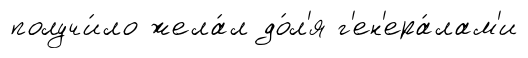
получи́ло жела́л до́л'я г'ен'ера́лам'и